Senior Leaving Certificate Examination (including Day School Certificate (Higher) General paper), 1947
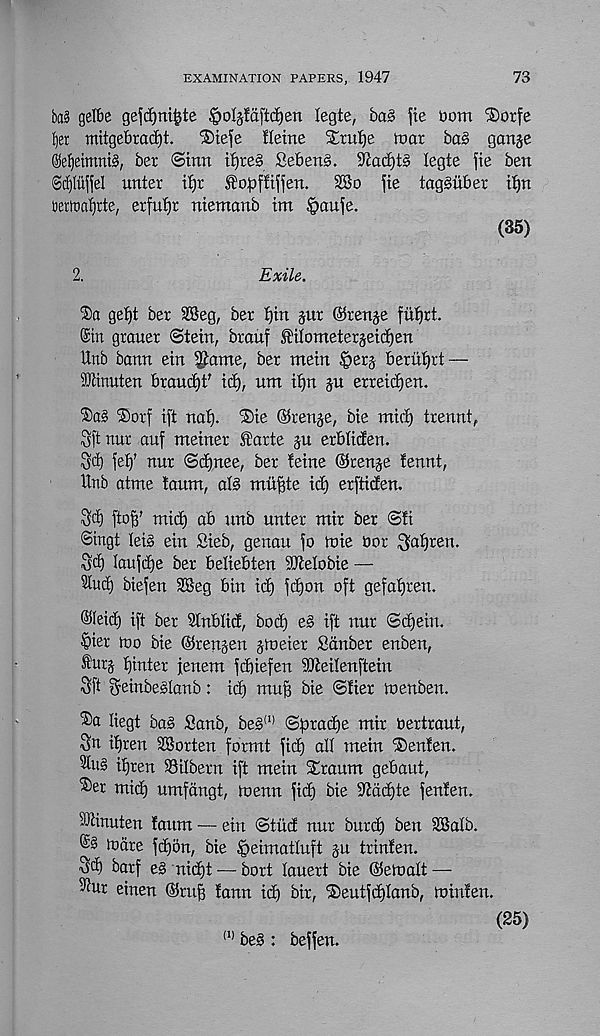
EXAMINATION PAPERS, 1947
73
ba§ gelbe ge^djni&te §o4!aftd)en legte, ba§ fie bom $orfe
mitgebradjt.
®iefe fletne Xxutje ioar ba§ ganje
®e^eimni§, ber ©inn if)re§ Seben§,
legte fie ben
Scpjjel unter it)r ^o^fftfjen.
SSo fie tagSiiber if)n
tiertttafjrte, erfutjr niemanb im §aufe.
(35)
2.
Exile.
$a gefjt ber 2Beg, ber t)in jur ©renje fut)rt.
©in grauer ©tein, brouf SiIometerjeicf)en
Unb bann ein ^ame, ber mein |>ers beriitjrt —
iOtinuten brautfit' id), um i£)n ju erreidjen.
®orf ift nat). Die ©ren^e, bie mid) trennt,
Sftnur auf meiner farte §u erbtiden.
Sd) fetj’ nur ©d)nee, ber feme ©renje fennt,
Unb atme toum, at§ mii^te id) erftiden.
Sd) ftojf’ mid) ab nnb unter mir ber ©ft
Singt fei§ ein Sieb, genau fo tnie bor ^at)ren.
Sd) laufdje ber befiebten iOtelobie —
Stud) biefen 25eg bin id) fdjon oft gefafjren.
®teid) ift ber Slnblid, bod) e§ ift nur Sdjein.
|>ier too bie ©rengen jtoeier Sdnber enben,
®brj fjinter jenem fdjiefen SKeitenftein
Sft ^einbeslonb: id) mufi bie ©Her to enben.
liegt ba§ Sanb, beg (1) ©prad)e mir bertraut,
$n ifjren SBorten formt fid) alt mein Denfen.
Stu§ ifjren SSilberrt ift mein Draum gebaut,
Der mid) umfdngt, toenn fid) bie s Jtdd)te fenfen.
SJtinuten fanm — etn ©tiid nur buret) ben 28alb.
todre fd)5n, bie fieimattuft ju trinfen.
3d) barf ed nicfjt — bort tauert bie ©etoatt —
Siur einen ©ruff fann id) bir, Deutfdflanb, toinfen.
(25)
(1) bel: beffen.